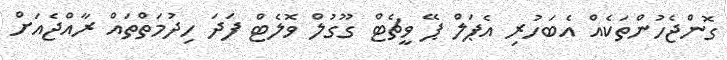
ގޮންޖެހުންތަކެއް އެބަހުރި އެޕަލް ޕޭ ވީޗެޓް ގޫގުލް ވޮލެޓް ފަދަ ހިދުމަތްތައް ރާއްޖެއަށް